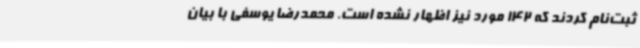
ثبت‌نام کردند که 142 مورد نیز اظهار نشده است. محمدرضا یوسفی با بیان